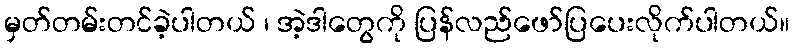
မှတ်တမ်းတင်ခဲ့ပါတယ် ၊ အဲ့ဒါတွေကို ပြန်လည်ဖော်ပြပေးလိုက်ပါတယ်။